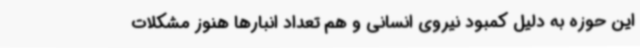
این حوزه به دلیل کمبود نیروی انسانی و هم تعداد انبارها هنوز مشکلات